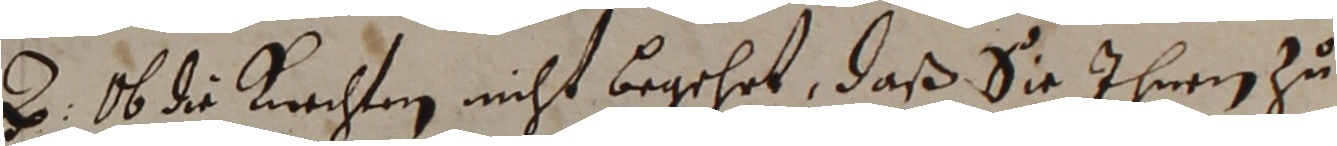
z. ob die krachten nicht begehrt, daß sie ihnen zu